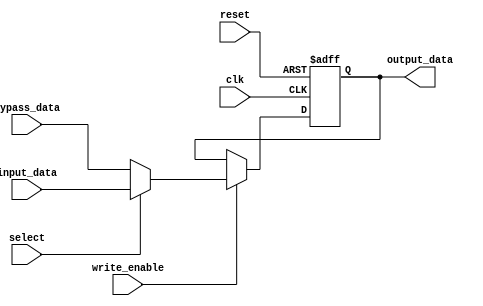
module bypass_register (
    input clk,
    input reset,
    input [7:0] input_data,
    input [7:0] bypass_data,
    input select,
    input write_enable,
    output reg [7:0] output_data
);

reg [7:0] register_data;

always @(posedge clk or posedge reset) begin
    if (reset) begin
        register_data <= 8'b00000000;
    end else begin
        if (write_enable) begin
            if (select) begin
                register_data <= input_data;
            end else begin
                register_data <= bypass_data;
            end
        end
    end
end

assign output_data = register_data;

endmodule